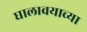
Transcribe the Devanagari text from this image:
घालावयाच्या